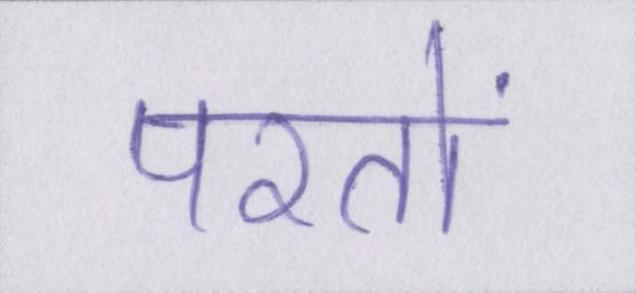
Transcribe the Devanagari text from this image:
परतों